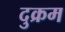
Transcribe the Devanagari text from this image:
दुक्रम